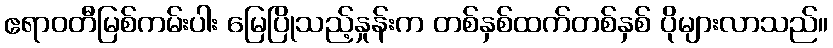
ဧရာဝတီမြစ်ကမ်းပါး မြေပြိုသည့်နှုန်းက တစ်နှစ်ထက်တစ်နှစ် ပိုများလာသည်။